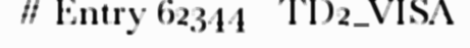
# Entry 62344 - TD2_VISA